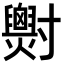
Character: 𡭓